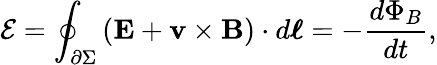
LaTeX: {\mathcal{E}}=\oint_{\partial\Sigma}\left(\mathbf{E}+\mathbf{v\times B}\right)\cdot d{\boldsymbol{\ell}}=-{\frac{d\Phi_{B}}{dt}},